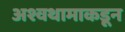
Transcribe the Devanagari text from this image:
अश्वथामाकडून